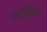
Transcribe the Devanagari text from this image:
स्लैमिंग